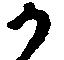
か